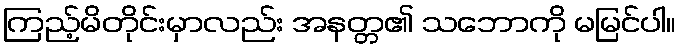
ကြည့်မိတိုင်းမှာလည်း အနတ္တ၏ သဘောကို မမြင်ပါ။